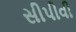
સીપીવી